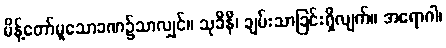
မိန့်တော်မူသောခဏ၌သာလျှင်။ သုခိနီ၊ ချမ်းသာခြင်းရှိလျက်။ အရောဂါ၊